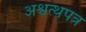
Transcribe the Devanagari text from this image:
अश्वत्थपत्र